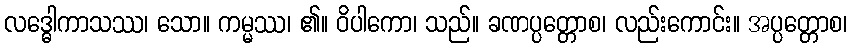
လဒ္ဓေါကာသဿ၊ သော။ ကမ္မဿ၊ ၏။ ဝိပါကော၊ သည်။ ခဏပ္ပတ္တောစ၊ လည်းကောင်း။ အပ္ပတ္တောစ၊